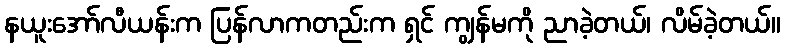
နယူးအော်လီယန်းက ပြန်လာကတည်းက ရှင် ကျွန်မကို ညာခဲ့တယ်၊ လိမ်ခဲ့တယ်။